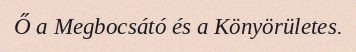
Ő a Megbocsátó és a Könyörületes.